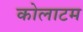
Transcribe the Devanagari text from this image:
कोलाटम